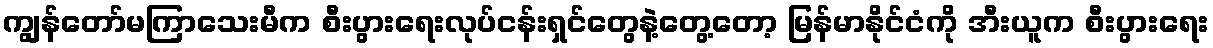
ကျွန်တော်မကြာသေးမီက စီးပွားရေးလုပ်ငန်းရှင်တွေနဲ့တွေ့တော့ မြန်မာနိုင်ငံကို အီးယူက စီးပွားရေး